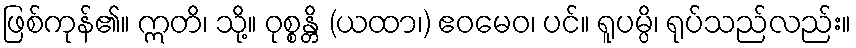
ဖြစ်ကုန်၏။ ဣတိ၊ သို့။ ဝုစ္စန္တိ (ယထာ၊) ဧဝမေဝ၊ ပင်။ ရူပမ္ပိ၊ ရုပ်သည်လည်း။